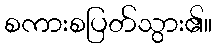
စကားစပြတ်သွား၏။